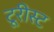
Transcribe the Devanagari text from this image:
टूरीस्ट